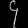
Digit: ၄